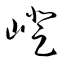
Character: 嶝